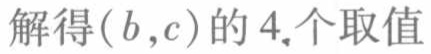
解得\((b,c)\)的\(4\)个取值